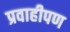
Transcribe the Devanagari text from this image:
प्रवाहीपण